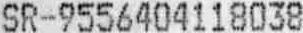
SR-9556404118038